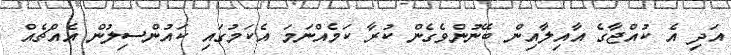
އަދި އެ ކުއްޖާގެ އާއިލާއިން ބޭނުންވެގެން ކުރާ ކަމެއްނަމަ އެކަމުގައި ކައުންސިލުން އެއްޗެއް